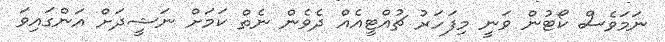
ނަމަވެސް ކޯޓުން ވަނީ މިފަަހަރު ޗުއްޓީއެއް ދެވެން ނެތް ކަމަށް ނަޝީދަށް އަންގައިވަ